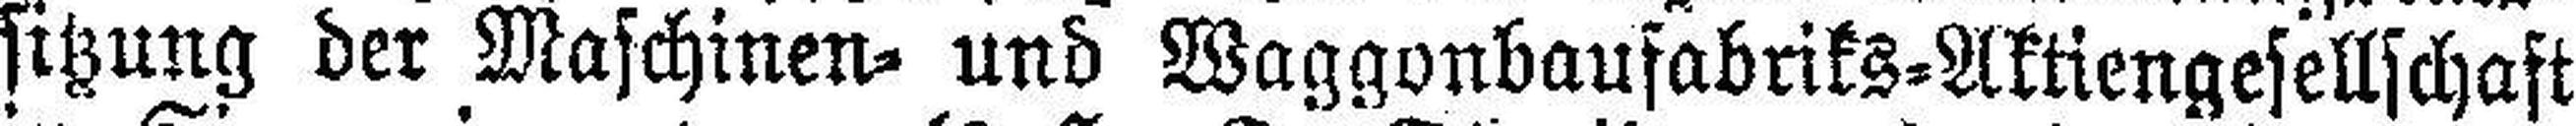
sitzung der Maschinen= und Waggonbaufabriks=Aktiengesellschaft